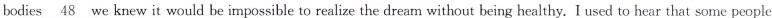
bodies \underline{48} we knew it would be impossible to realize the dream without being healthy. I used to hear that some people